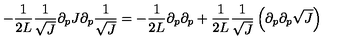
- \frac { 1 } { 2 L } \frac { 1 } { \sqrt { J } } \partial _ { p } J \partial _ { p } \frac { 1 } { \sqrt { J } } = - \frac { 1 } { 2 L } \partial _ { p } \partial _ { p } + \frac { 1 } { 2 L } \frac { 1 } { \sqrt { J } } \left( \partial _ { p } \partial _ { p } \sqrt { J } \right)